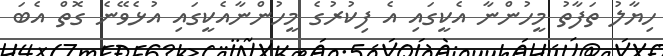
ހިޔާލު ތަފާތު މީހުންނާ އެކީގައި އެ ފިކުރުގެ މީހުންނާއެކީގައި އުޅެވޭނެ ގޮތް އެބަ